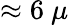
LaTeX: \approx 6~\mu